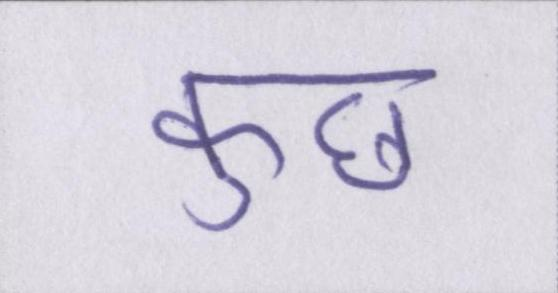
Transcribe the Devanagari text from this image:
कुछ